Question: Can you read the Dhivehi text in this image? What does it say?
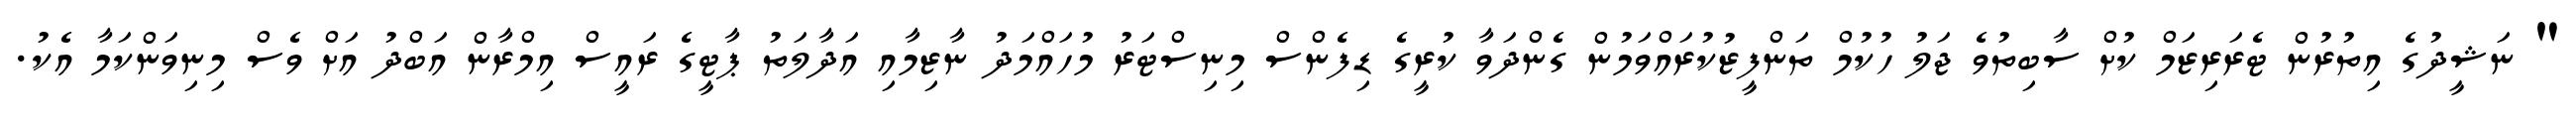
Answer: " ނަޝީދުގެ އިތުރުން ޓެރަރިޒަމް ކުށް ސާބިތުވެ ޖަލު ހުކުމް ތަންފީޒުކުރައްވަމުން ގެންދަވާ ކުރީގެ ޑިފެންސް މިނިސްޓަރު މުހައްމަދު ނާޒިމާއި އަދާލަތު ޕާޓީގެ ރައީސް އިމްރާން އަބްދު އަށް ވެސް މިނިވަންކަމާ އެކު.